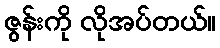
ဇွန်းကို လိုအပ်တယ်။